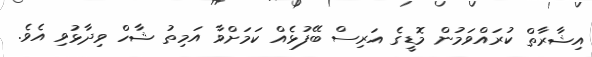
އިޝާރާތް ކުރައްވަމުން މޮޑީގެ އަރިސް ބޭފުޅެއް ކަމަށްވާ އަމިތު ޝާހް ވިދާޅުވި އެވެ.